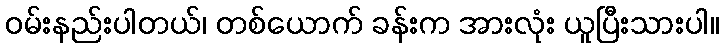
ဝမ်းနည်းပါတယ်၊ တစ်ယောက် ခန်းက အားလုံး ယူပြီးသားပါ။